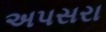
અપસરા